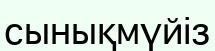
сынықмүйіз